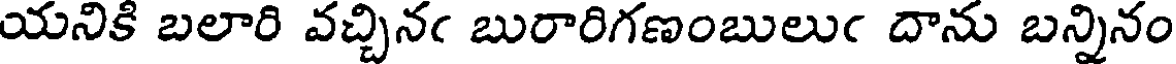
యనికి బలారి వచ్చినఁ బురారిగణంబులుఁ దాను బన్నినం